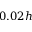
0 . 0 2 h